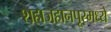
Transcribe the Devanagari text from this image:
शहाजहानपूरमध्ये